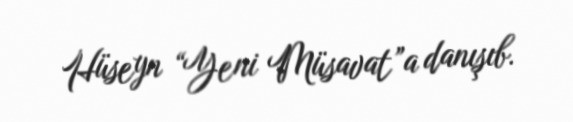
Hüseyn “Yeni Müsavat”a danışıb.